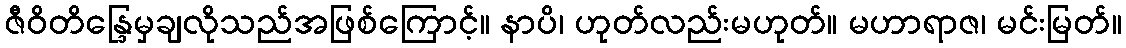
ဇီဝိတိန္ဒြေမှချလိုသည်အဖြစ်ကြောင့်။ နာပိ၊ ဟုတ်လည်းမဟုတ်။ မဟာရာဇ၊ မင်းမြတ်။